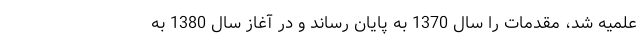
علمیه شد، مقدمات را سال 1370 به پایان رساند و در آغاز سال 1380 به